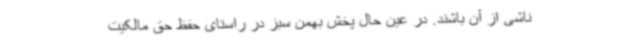
ناشی از آن باشند. در عین حال پخش بهمن سبز در راستای حفظ حق مالکیت